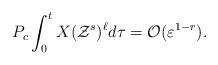
LaTeX: \begin{align*}P_{c}\int_{0}^{t}X( \mathcal{Z}^{s}) ^{\ell }d\tau =\mathcal{O}(\varepsilon^{1-r}). \end{align*}